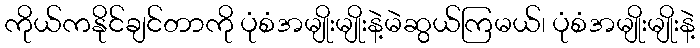
ကိုယ်ကနိုင်ချင်တာကို ပုံစံအမျိုးမျိုးနဲ့မဲဆွယ်ကြမယ်၊ ပုံစံအမျိုးမျိုးနဲ့